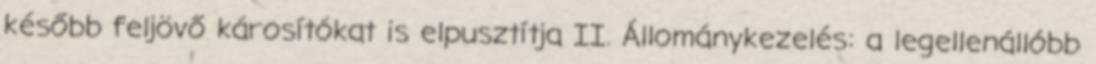
később feljövő károsítókat is elpusztítja II. Állománykezelés: a legellenállóbb